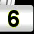
Digit: 6